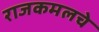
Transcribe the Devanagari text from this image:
राजकमलचे